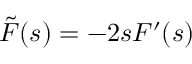
\tilde { F } ( s ) = - 2 s F ^ { \prime } ( s )